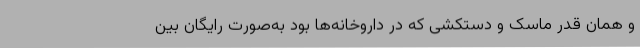
و همان قدر ماسک و دستکشی که در داروخانه‌ها بود به‌صورت رایگان بین